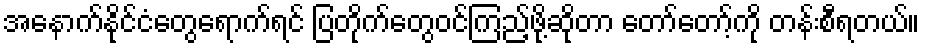
အနောက်နိုင်ငံတွေရောက်ရင် ပြတိုက်တွေဝင်ကြည့်ဖို့ဆိုတာ တော်တော့်ကို တန်းစီရတယ်။